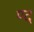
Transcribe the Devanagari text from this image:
ण्द